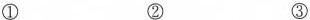
① ② ③